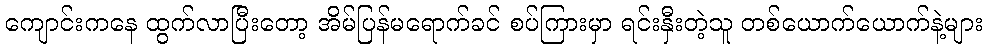
ကျောင်းကနေ ထွက်လာပြီးတော့ အိမ်ပြန်မရောက်ခင် စပ်ကြားမှာ ရင်းနှီးတဲ့သူ တစ်ယောက်ယောက်နဲ့များ